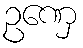
ဥဏှေ